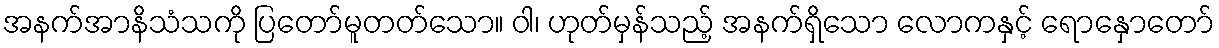
အနက်အာနိသံသကို ပြတော်မူတတ်သော။ ဝါ၊ ဟုတ်မှန်သည့် အနက်ရှိသော လောကနှင့် ရောနှောတော်